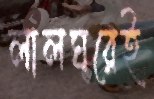
লালঘরেই